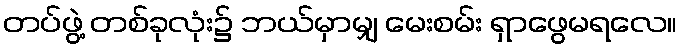
တပ်ဖွဲ့ တစ်ခုလုံး၌ ဘယ်မှာမျှ မေးစမ်း ရှာဖွေမရလေ။